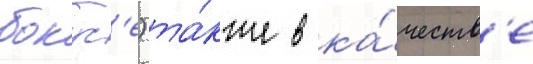
бокус'е) та́кже в ка́честв'е